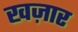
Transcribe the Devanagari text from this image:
खज़ार